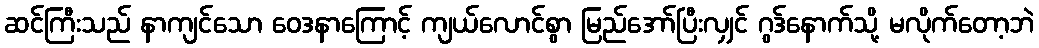
ဆင်ကြီးသည် နာကျင်သော ဝေဒနာကြောင့် ကျယ်လောင်စွာ မြည်အော်ပြီးလျှင် ဂွဒ်နောက်သို့ မလိုက်တော့ဘဲ